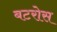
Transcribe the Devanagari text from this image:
बटरोस